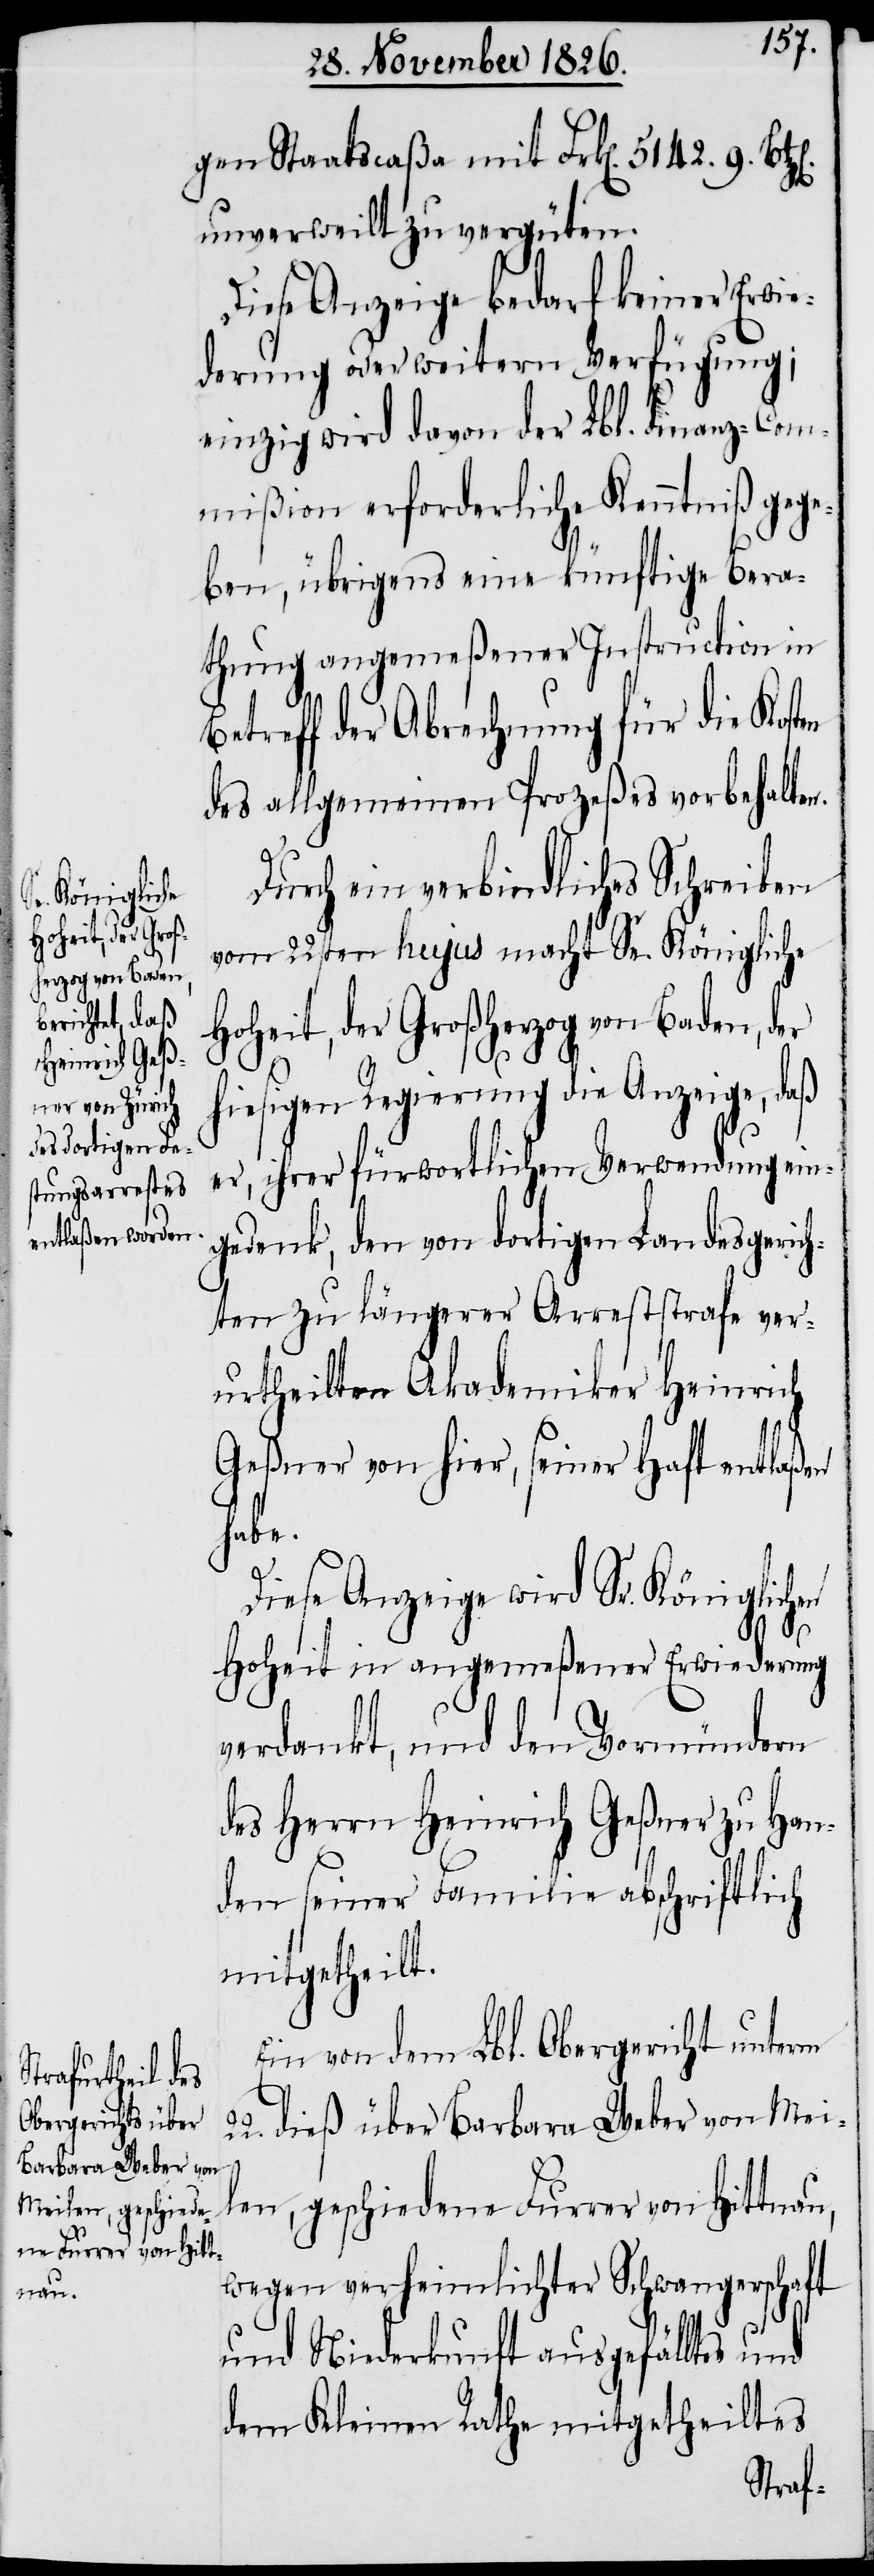
en

gen Staatscaßa mit Frk[en]. 5142. 9.
22.
unverweilt zu vergüten.
Diese Anzeige bedarf keiner Erwi¬
ederung oder weitern Verfügung;
einzig wird davon der Lbl. Finanz-Com¬
mißion erforderliche Kenntniß gege¬
ben, übrigens eine künftige Bera¬
thung angemeßener Instruction in
Betreff der Abrechnung für die Kosten
des allgemeinen Prozeßes vorbehalten.
Durch ein verbindliches Schreiben
vom 22sten hujus macht Se. Königliche
Hoheit, der Großherzog von Baden, der
hiesigen Regierung die Anzeige, daß
er, ihrer fürwortlichen Verwendung ein¬
gedenk, den von dortigen Landesgeric¬
hten zu längerer Arreststrafe ver¬
urtheilten Akademiker Heinrich
Geßner von hier, seiner Haft entlaß¬
habe.
Diese Anzeige wird Sr. Königlichen
Hoheit in angemeßener Erwiederung
verdankt, und den Vormündern
des Herrn Heinrich Geßner zu Han¬
den seiner Familie abschriftlich
mitgetheilt.
Ein von dem Lbl. Obergericht unterm
dieß über Barbara Weber von Mei¬
len, geschiedene Furrer von Hittnau,
wegen verheimlichter Schwangerschaft
und Niederkunft ausgefälltes und
dem Kleinen Rathe mitgetheiltes